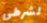
لشرطي